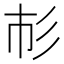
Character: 𢒌